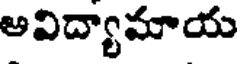
అవిద్యామాయ